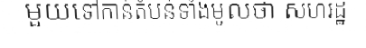
មួយទៅកាន់តំបន់ទាំងមូលថា សហរដ្ឋ